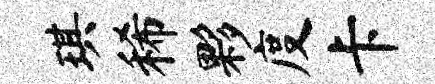
琪稀夥度卡